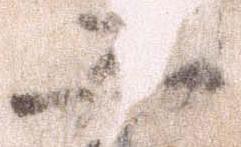
五